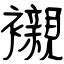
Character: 襯